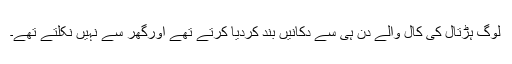
لوگ ہڑتال کی کال والے دن ہی سے دکانیں بند کردیا کرتے تھے اورگھر سے نہیں نکلتے تھے۔